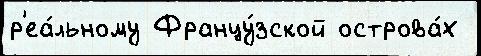
р'еа́льному Францу́зской острова́х